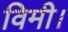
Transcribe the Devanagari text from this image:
विमी।